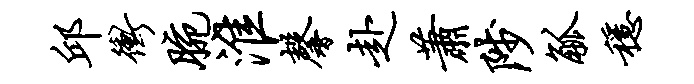
邱冲腕淮馨赴萧陟觚稳